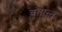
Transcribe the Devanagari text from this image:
वृतान्त्